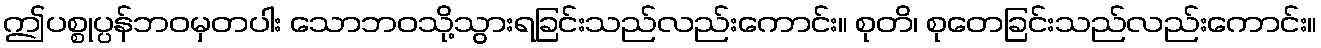
ဤပစ္စုပ္ပန်ဘဝမှတပါး သောဘဝသို့သွားရခြင်းသည်လည်းကောင်း။ စုတိ၊ စုတေခြင်းသည်လည်းကောင်း။